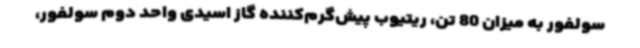
سولفور به میزان 80 تن، ریتیوب پیش‌گرم‌کننده گاز اسیدی واحد دوم سولفور،